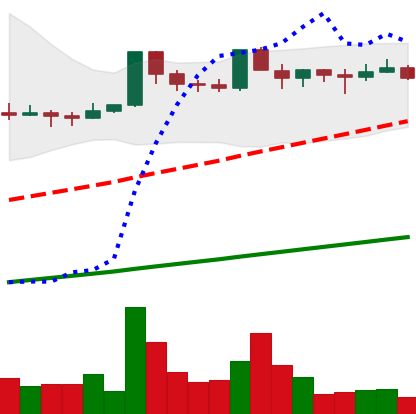
Ticker: DOGE-USD
Chart end date: 2021-03-21
Forward return: -5.734%
Label: down_5_7